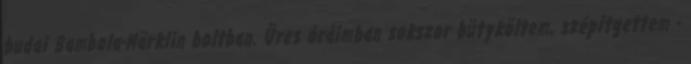
budai Bambola-Märklin boltban. Üres óráimban sokszor bütyköltem, szépítgettem -